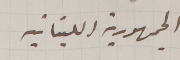
الجهورية اللبنانية